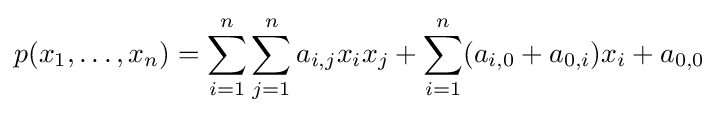
p(x_{1},\ldots ,x_{n})=\sum _{i=1}^{n}\sum _{j=1}^{n}a_{i,j}x_{i}x_{j}+\sum _{i=1}^{n}(a_{i,0}+a_{0,i})x_{i}+a_{0,0}